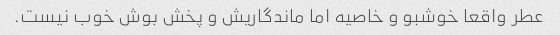
عطر واقعا خوشبو و خاصیه اما ماندگاریش و پخش بوش خوب نیست.